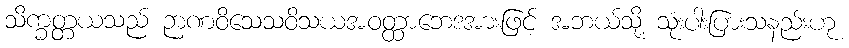
သိက္ခတ္တယသည် ဉာဏဝိသေသဝိသယအဝတ္ထာဘေဒအားဖြင့် အဘယ်သို့ သုံးပါးပြားသနည်းဟု